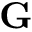
\mathbf { G }